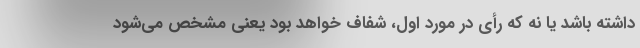
داشته باشد یا نه که رأی در مورد اول، شفاف خواهد بود یعنی مشخص می‌شود